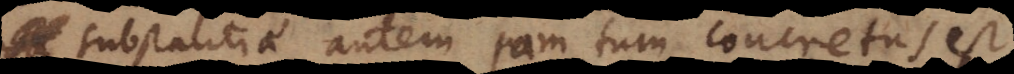
Substantiae autem jam tum concretus est